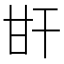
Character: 𤮽